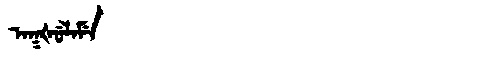
Manchu: ᠠᡴᡧᡠᠯᠠᠮᡝ
Romanization: AKŠULAME